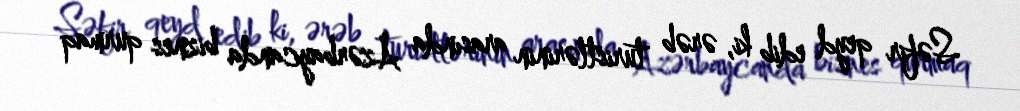
Səfir qeyd edib ki, ərəb turistlərinin arasında Azərbaycanda biznes qurmaq